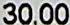
30.00